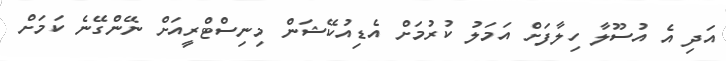
އަދި އެ އުސޫލާ ހިލާފަށް އަމަލު ކުރުމަށް އެޑިއުކޭޝަން މިނިސްޓްރީއަށް ނޭންގޭނެ ކަމަށް